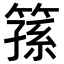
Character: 𥱖